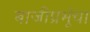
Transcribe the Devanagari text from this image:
बाजीप्रभूंचा